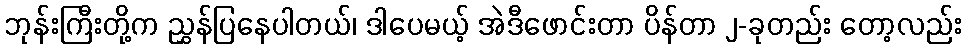
ဘုန်းကြီးတို့က ညွှန်ပြနေပါတယ်၊ ဒါပေမယ့် အဲဒီဖောင်းတာ ပိန်တာ ၂-ခုတည်း တော့လည်း